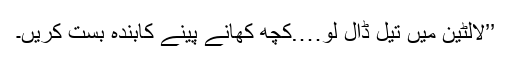
’’لالٹین میں تیل ڈال لو….کچھ کھانے پینے کابندہ بست کریں۔